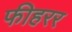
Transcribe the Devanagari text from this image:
फीहरर